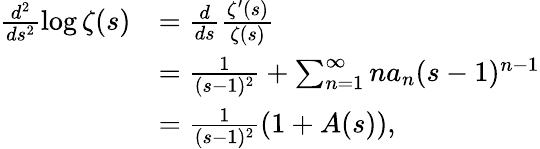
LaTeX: \begin{array}{rl}{\frac{d^{2}}{ds^{2}}\log\zeta(s)}&{=\frac{d}{ds}\frac{\zeta^{\prime}(s)}{\zeta(s)}}\\ &{=\frac{1}{(s-1)^{2}}+\sum_{n=1}^{\infty}na_{n}(s-1)^{n-1}}\\ &{=\frac{1}{(s-1)^{2}}\left(1+A(s)\right),}\end{array}